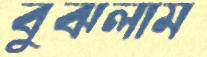
বুঝলাম